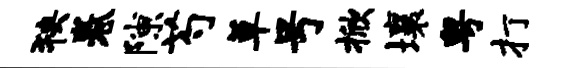
狭卷隙芍草号掀壤粤打